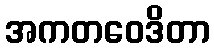
အကတဝေဒိတာ